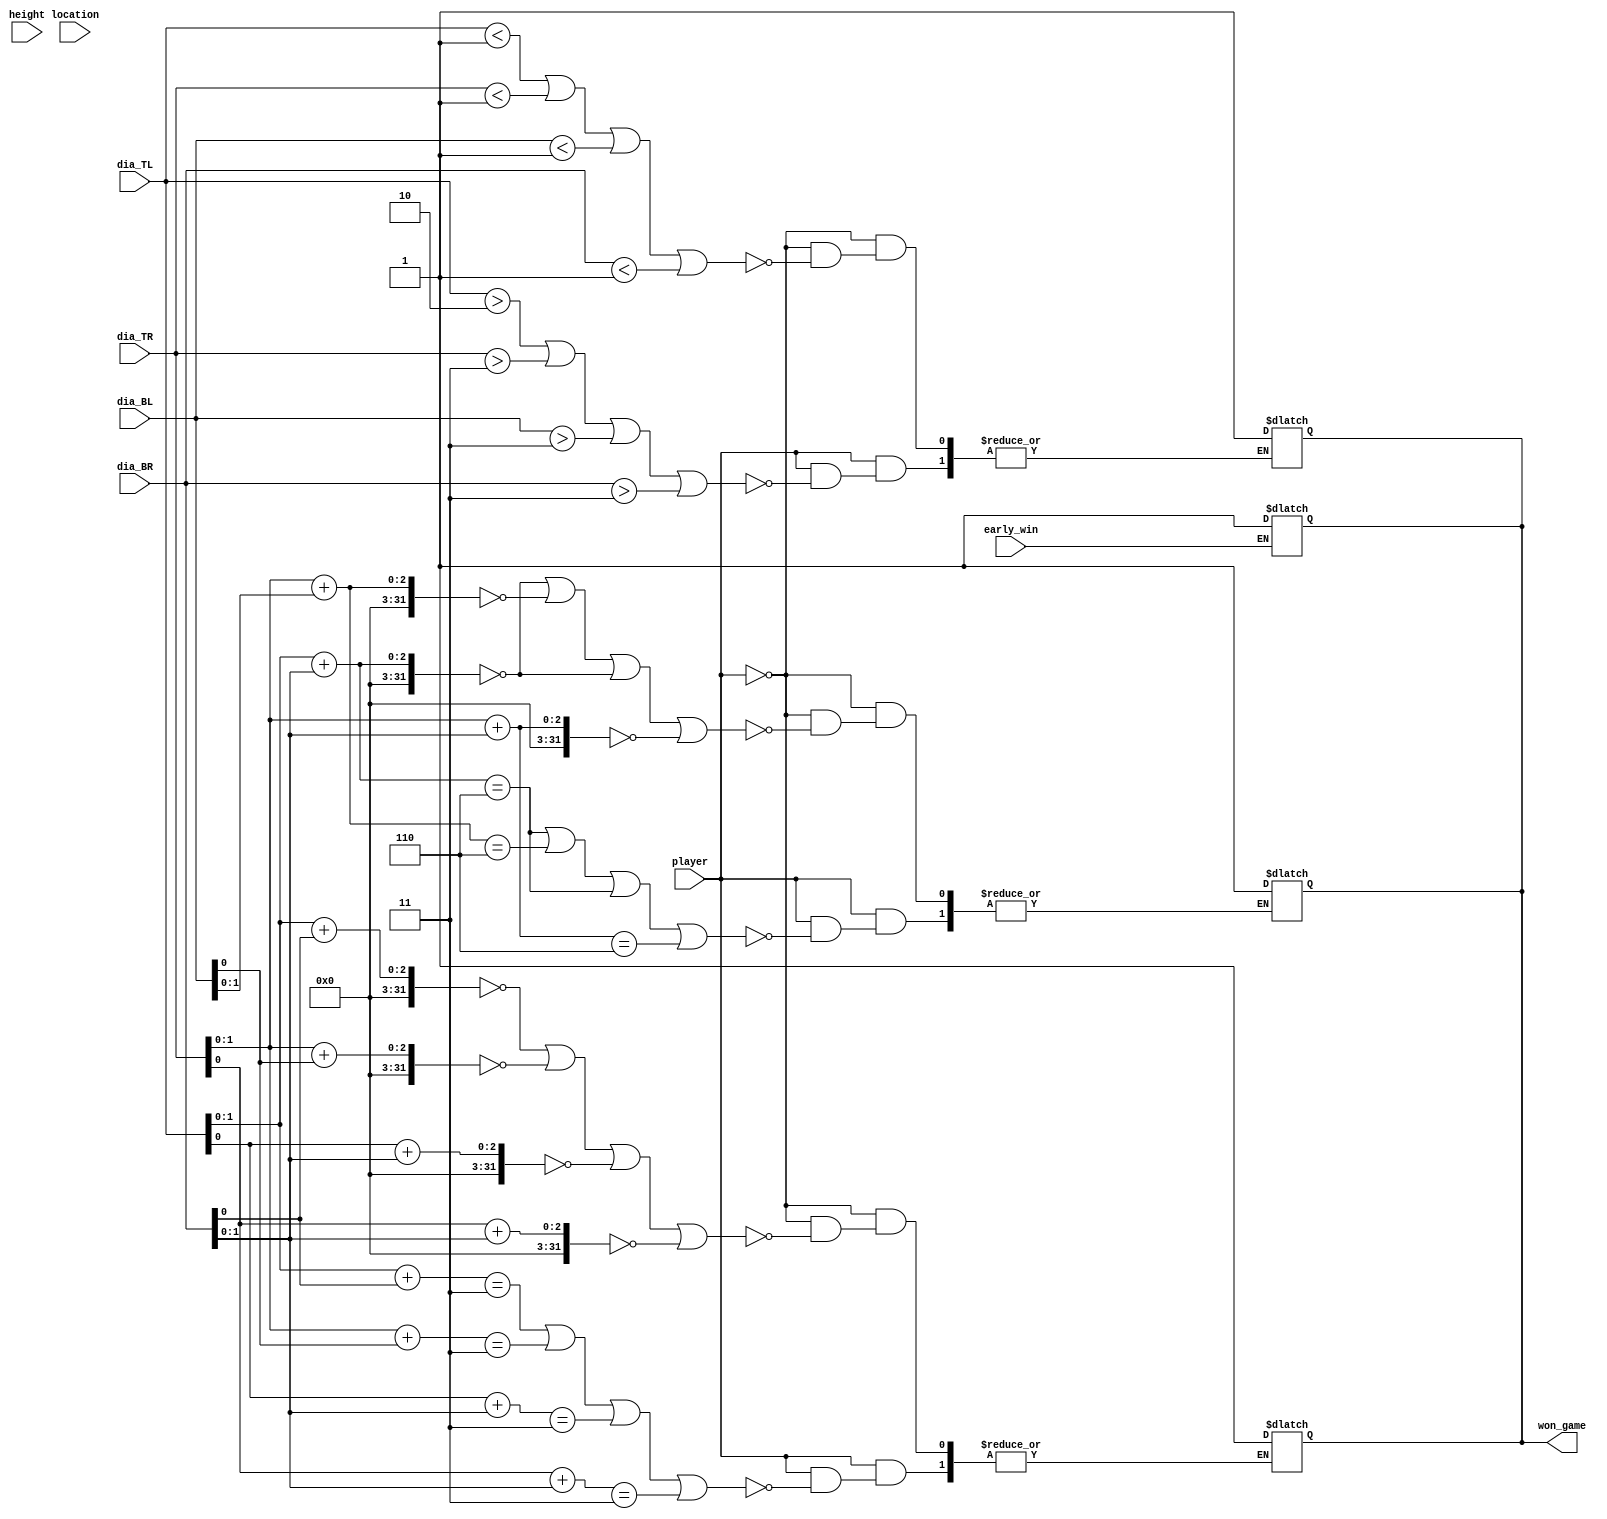
module diagonal_win(player, location, height, early_win,dia_TL, dia_TR, dia_BL, dia_BR, won_game);
	input player;
	input [2:0] location, height;
	input early_win;
	input [2:0] dia_TL, dia_TR, dia_BL, dia_BR;
	
	output reg won_game;
	

	
	always @(*) begin
	 if (early_win) won_game = 1'b1;
	end
		
	always @(*) begin //if any diagonal set is 3 or 0 then 3 + 1 or 0 + 0 imply a diagonal
		if (player) begin
			if (dia_TL > 2'd2 || dia_TR> 2'd3 || dia_BL> 2'd3 || dia_BR > 2'd3)
				won_game = 1'b1;
			end
		else begin
			if (dia_TL < 2'd1 || dia_TR < 2'd1 || dia_BL < 2'd1 || dia_BR < 2'd1)
				won_game = 1'b1;
		end
	end

	always @(*) begin //checks case for 2 on one side, 1 on other
	
		if (player) begin 
			if (dia_TL[1:0] + dia_BR[0] == 2'd3 || dia_TR[1:0] + dia_BL[0] == 2'd3 || 
				dia_TL[0] + dia_BR[1:0] == 2'd3 || dia_TR[0] + dia_BR[1:0] == 2'd3)	
				won_game = 1'b1;
			
			end
		else begin
			if (dia_TL[1:0] + dia_BR[0] == 0 || dia_TR[1:0] + dia_BL[0] == 0 || 
				dia_TL[0] + dia_BR[1:0] == 0 || dia_TR[0] + dia_BR[1:0] == 0)	
				won_game = 1'b1;
		end
	
	end
	
		always @(*) begin //checks case for 2 on one side, 2 on other
	
		if (player) begin 
			if (dia_TL[1:0] + dia_BR[1:0] == 3'd6 || dia_TR[1:0] + dia_BL[1:0] == 3'd6 || 
				dia_TL[1:0] + dia_BR[1:0] == 3'd6 || dia_TR[1:0] + dia_BR[1:0] == 3'd6)	
				won_game = 1'b1;
			
			end
		else begin
			if (dia_TL[1:0] + dia_BR[1:0] == 0 || dia_TR[1:0] + dia_BL[1:0] == 0 || 
				dia_TL[1:0] + dia_BR[1:0] == 0 || dia_TR[1:0] + dia_BR[1:0] == 0)	
				won_game = 1'b1;
		end
	
	end
endmodule